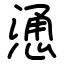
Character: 慂